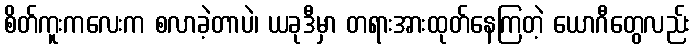
စိတ်ကူးကလေးက စလာခဲ့တာပဲ၊ ယခုဒီမှာ တရားအားထုတ်နေကြတဲ့ ယောဂီတွေလည်း